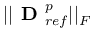
| | \boldsymbol { \textbf { D } } _ { r e f } ^ { p } | | _ { F }